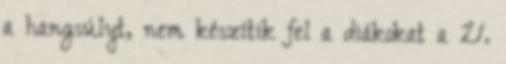
a hangsúlyt, nem készítik fel a diákokat a 21.